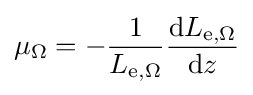
\mu _{\Omega }=-{\frac {1}{L_{\mathrm {e} ,\Omega }}}{\frac {\mathrm {d} L_{\mathrm {e} ,\Omega }}{\mathrm {d} z}}